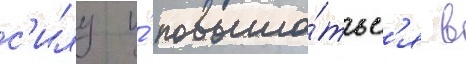
с'илу и́ повыша́тьс'я в